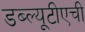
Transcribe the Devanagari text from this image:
डब्ल्यूटीएची